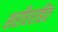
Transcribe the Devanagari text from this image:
शरीररहित